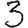
Digit: 3